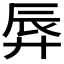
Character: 𫸚